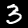
Digit: 3